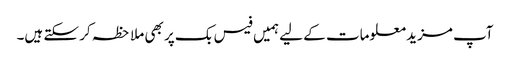
آپ مزید معلومات کے لیے ہمیں فیس بک پر بھی ملاحظہ کر سکتے ہیں۔